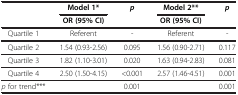
<table><thead><tr><td><b> </b></td><td><b>Model 1*</b></td><td><b><i>p</i></b></td><td><b>Model 2**</b></td><td><b><i>p</i></b></td></tr><tr><td><b> </b></td><td><b>OR (95% CI)</b></td><td><b> </b></td><td><b>OR (95% CI)</b></td><td><b> </b></td></tr></thead><tbody><tr><td>Quartile 1</td><td>Referent</td><td>-</td><td>Referent</td><td>-</td></tr><tr><td>Quartile 2</td><td>1.54 (0.93-2.56)</td><td>0.095</td><td>1.56 (0.90-2.71)</td><td>0.117</td></tr><tr><td>Quartile 3</td><td>1.82 (1.10-3.01)</td><td>0.020</td><td>1.63 (0.94-2.83)</td><td>0.081</td></tr><tr><td>Quartile 4</td><td>2.50 (1.50-4.15)</td><td>&lt;0.001</td><td>2.57 (1.46-4.51)</td><td>0.001</td></tr><tr><td><i>p</i> for trend***</td><td> </td><td>0.001</td><td> </td><td>0.001</td></tr></tbody></table>